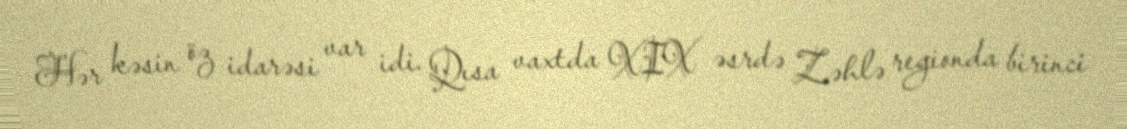
Hər kəsin öz idarəsi var idi. Qısa vaxtda XIX əsrdə Zəhlə regionda birinci